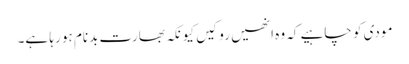
مودی کو چاہیے کہ وہ انھیں روکیں کیونکہ بھارت بدنام ہو رہا ہے۔